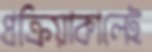
প্রক্রিয়াকালেই